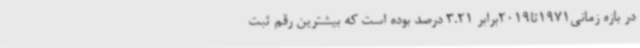
در بازه زمانی1971تا2019برابر 3.21 درصد بوده است که بیشترین رقم ثبت